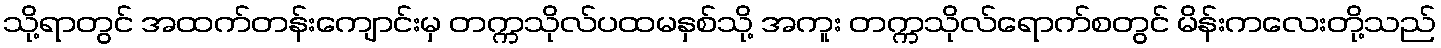
သို့ရာတွင် အထက်တန်းကျောင်းမှ တက္ကသိုလ်ပထမနှစ်သို့ အကူး တက္ကသိုလ်ရောက်စတွင် မိန်းကလေးတို့သည်